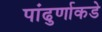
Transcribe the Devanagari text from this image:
पांढुर्णाकडे